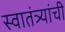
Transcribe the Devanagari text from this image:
स्वातंत्र्यांची